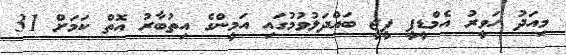
މިއަދު ހަވީރު އެމްޑީޕީ ޕީޖީ ބައްދަލުވުމުގައި އަމީންގެ އިތުބާރު އޮތް ކަމަށް 31